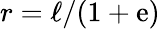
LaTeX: r=\ell/(1+\mathrm{e})